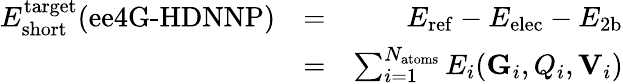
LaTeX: \begin{array}{rlr}{E_{\mathrm{short}}^{\mathrm{target}}({\textrm{ee4G-HDNNP}})}&{=}&{E_{\mathrm{ref}}-E_{\mathrm{elec}}-E_{\mathrm{2b}}}\\ &{=}&{\sum_{i=1}^{N_{\mathrm{atoms}}}E_{i}(\mathrm{\mathbf{G}}_{i},Q_{i},\mathrm{\mathbf{V}}_{i})}\end{array}